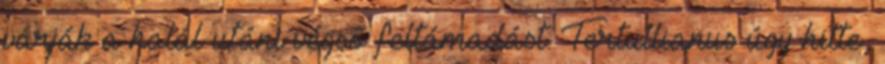
várják a halál utáni végső feltámadást. Tertullianus úgy hitte,